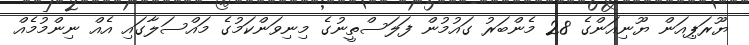
ޔޫރަޕިއަން ޔޫނިއަންގެ 28 މެންބަރު ގައުމުން ފަލަސްތީނުގެ މިނިވަންކަމުގެ މައްސަލާގައި އެއް ނިންމުމެއް